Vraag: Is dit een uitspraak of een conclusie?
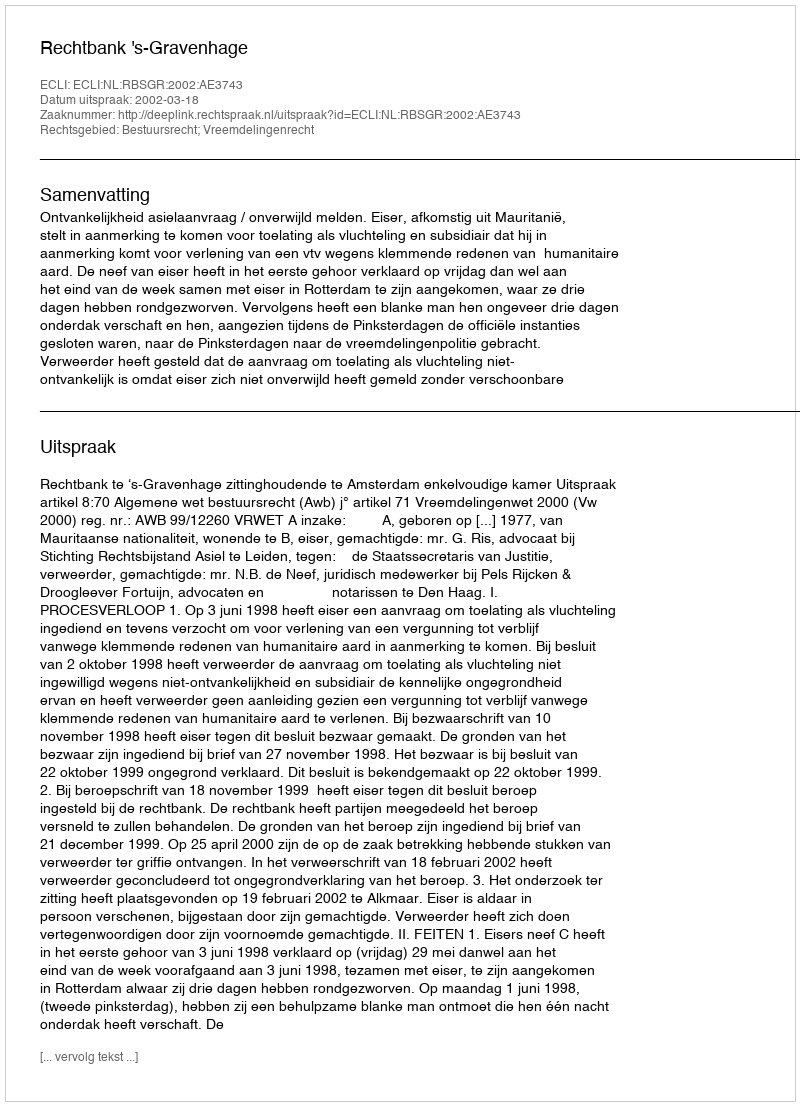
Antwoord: Uitspraak